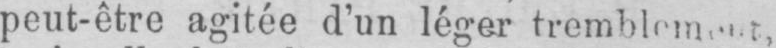
peut-être agitée d’un léger tremblement,